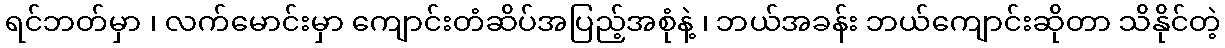
ရင်ဘတ်မှာ ၊ လက်မောင်းမှာ ကျောင်းတံဆိပ်အပြည့်အစုံနဲ့ ၊ ဘယ်အခန်း ဘယ်ကျောင်းဆိုတာ သိနိုင်တဲ့